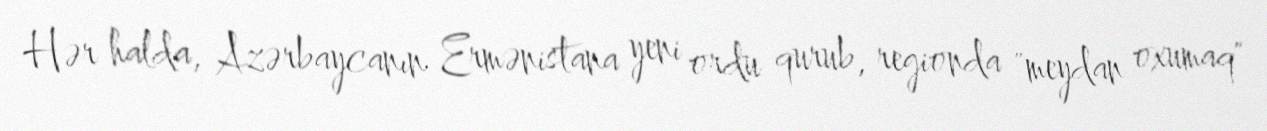
Hər halda, Azərbaycanın Ermənistana yeni ordu qurub, regionda "meydan oxumaq"